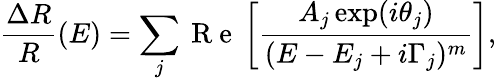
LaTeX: \frac{\Delta{R}}{R}\left(E\right)=\sum_{j}\mathrm{~R~e~}\left[\frac{A_{j}\exp(i\theta_{j})}{(E-E_{j}+i\Gamma_{j})^{m}}\right],